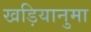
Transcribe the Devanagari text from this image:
खड़ियानुमा